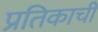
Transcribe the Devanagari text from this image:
प्रतिकाची